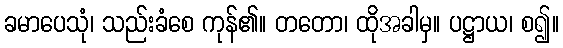
ခမာပေသုံ၊ သည်းခံစေ ကုန်၏။ တတော၊ ထိုအခါမှ။ ပဋ္ဌာယ၊ စ၍။